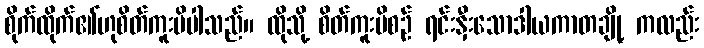
စိုက်ထိုက်၏ဟုစိတ်ကူးမိပါသည်။ ထိုသို့ စိတ်ကူးမိစဉ် ရင်းနှီးသောဒါယကာတချို့ ကလည်း